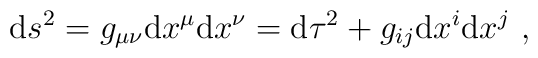
{\mathrm d} s^2=	{g}_{\mu\nu} {\mathrm d} x^\mu {\mathrm d} x^\nu	= {\mathrm d} \tau^2+ {g}_{ij} {\mathrm d} x^i  {\mathrm d} x^j~,